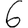
Digit: 6